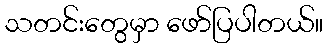
သတင်းတွေမှာ ဖော်ပြပါတယ်။